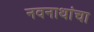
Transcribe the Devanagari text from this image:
नवनाथांचा